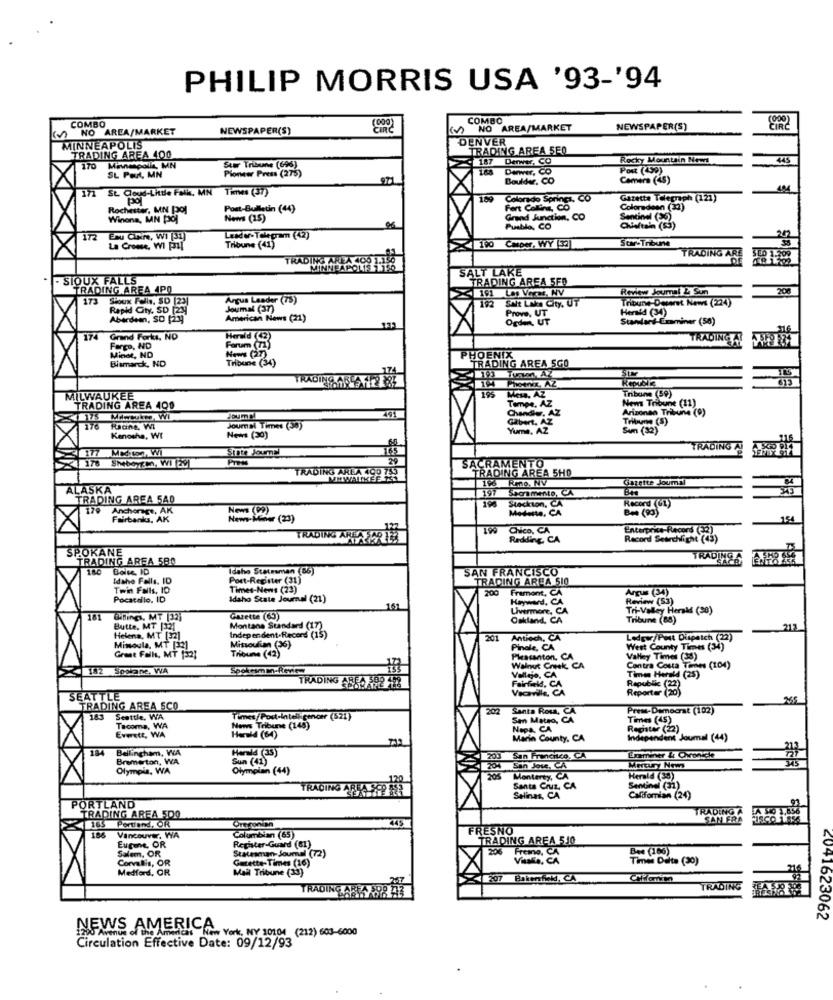
PHILIP MORRIS USA '93-'94
COMBO
COMBO
(000)
in
NO AREA/MARKET
NEWSPAPER(S)
NO AREA/MARKET
NEWSPAPER(S)
DENVER
MINNEAPOLIS
TRADING AREA SEO
TRADING AREA 400
Stw Tribune (696)
187
Derwer, CO
Rocky Mountain News
445
170
Minneapolis, MN
Pioneer Press (275)
Denver,
, CO
Post (459)
SL Part, MN
971
Boulder, CO
Camera (45)
St. Cloud-Little Falk, MN Times (37)
189
Colorado Springs, CO
Gazette Telegraph (121)
Rochester, MN Po]
Post-Bulletin (44)
Fort Collins, CO
Coloradoan (32)
Winona, MN poj
News (15)
Grand Junction, CO
Sentinel (30)
Pueblo, CO
Chieftain (53)
12
Eau Claire, Wi (31)
Leader- Tolegram (42)
Suv-Tribune
22
La Creme, WI Pil
Tribune (41)
TRADING ARE
TRADING AREA 100 1.150
MINNEAPOLIS 1.150
SALT LAKE
SIOUX FALLS
TRADING AREA SFO
TRADING AREA 4PO
161 Las Verar, HV
Review Journal & Sun
208
173
Argus Leader (75)
Tribune Deseret News (224)
Sioux Falls, SD [23]
Rapid City. SD [24
Joumal (37)
Prove, UT
Herald (34)
Aberdeen, SO [234
American News (21)
Ogden, UT
Standard-Examiner (58)
174
Grand Forks, NO
TRADING AT
Force, ND
News (27)
Forum (733
Minot, ND
Bismarck, ND
PHOENIX
TRADING AREA 5GO
Tribune (34)
TRADING 6 - 12-33
Republe
Meme. AZ
Tribune (59)
MILWAUKEE
Tempe, AZ
News Tribune (11)
TRADING AREA 400
Chandiy.
Arizonan Tribune (9)
Gibert, AZ
Trikoune (S)
170
Radne, WI
Journal Times (50)
Yuma, AZ
Sim (32)
Kenosha, Wt
News (30)
177 Medton, Wi
State Journal
TRADING
178
Sheboycm, WI (291
TRADING AREA 400 753
SACRAMENTO
TRADING AREA 5H0
Rme, NV
Gazette Joumal
84
ALASKA
197
Soomente, CA
TRADING AREA 5A0
Record (G1)
179
Anchorage, AK
News (99)
Stackton, CA
Modeste, CA
B= (90)
Fairbanks, AK
New-Miner (23)
Chico, CA
Enterprise-Record (32)
TRADING AREAYARLE
Redding, CA
Record Searchlight (43)
SPOKANE
TRADING AREA 580
TRADINGA
110
Boise ID
Idaho Statesman (86)
SAN FRANCISCO
Idaho Falls. ID
Post-Register (31)
TRADING AREA 510
Twin Falls, 10
Times-News (23)
200
Fremont, CA
Argus (34)
Pocatello, ID
Idaho State Journal (21)
Hayward.
Review (53)
141
Livermore, CA
Tri-Valley Herak (38)
181
Garette (63)
Oakland, CA
Tribune (88)
Butte, MT [32]
Montane Standard (17)
213
Helena, MT [32]
Independent.Recens (15)
Mitsoultan (36)
201
Antioch, CA
Ledow/Post Dispatch (22)
Mimoula, MT [32]
Tribune (42)
Pinole, CA
West County Times (34)
Great Falls, MT (32)
Pleasanton. CA
Valley Times (38)
Sosiane, WA
Spokesman-Review
Walnut Creek CA
Vallejo, CA
Time Harald (25)
Contra Costa Times (104)
TRADING AREA 592
Fairfield, CA
Republic (22)
Reportar (205
SEATTLE
265
TRADING AREA SCO
202
Santa Roma,
Prese-Democrat (102)
183
Seattle, WA
Times/Post-Intelligencer (521)
Sen Mateo,
Times (45)
Tacoma, WA
Everett, WA
Maws Tribune (148)
Here's (64)
Napa, CA
Repster (22)
Marin County, CA
Independent Journal (44)
184
Bellingham, WA
Harald (35)
Bremerton, WA
Sun (41)
200
San Francisco, CA
aminer & Ovoice
Olympis, WA
Olympian (44)
204
San Jose, CA
Mercury News
Monterey, CA
Herald (38)
TRADING ARVA SCP 2ER
Santa Cruz, CA
Sentinel (31)
Selines, CA
Californian (24)
PORTLAND
TRADING AREA 500
TRADING A
FA 50 1.856
Oregonian
445
SAN FRA
165 Portland, OR
FRESNO
186
Vancouver, WA
Columbian (65)
TRADING AREA 510
Salem, OR
Eugene, OR
Register-Guard (81)
206 Fremo, CA
Bee (166)
Corvallis, OR
Statesman- Journal (72)
Gazette-Times (16)
Visalle, CA
Times Delta (30)
Medford, OR
Mail Tribune (33)
207 Bakerfed, CA
TRADING
TRADING
EAS
6041623062
NEWS AMERI- York, NY 10104 (212) 603-6000
Circulation Effective Date: 09/12/93